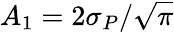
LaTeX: A_{1}=2\sigma_{P}/\sqrt{\pi}